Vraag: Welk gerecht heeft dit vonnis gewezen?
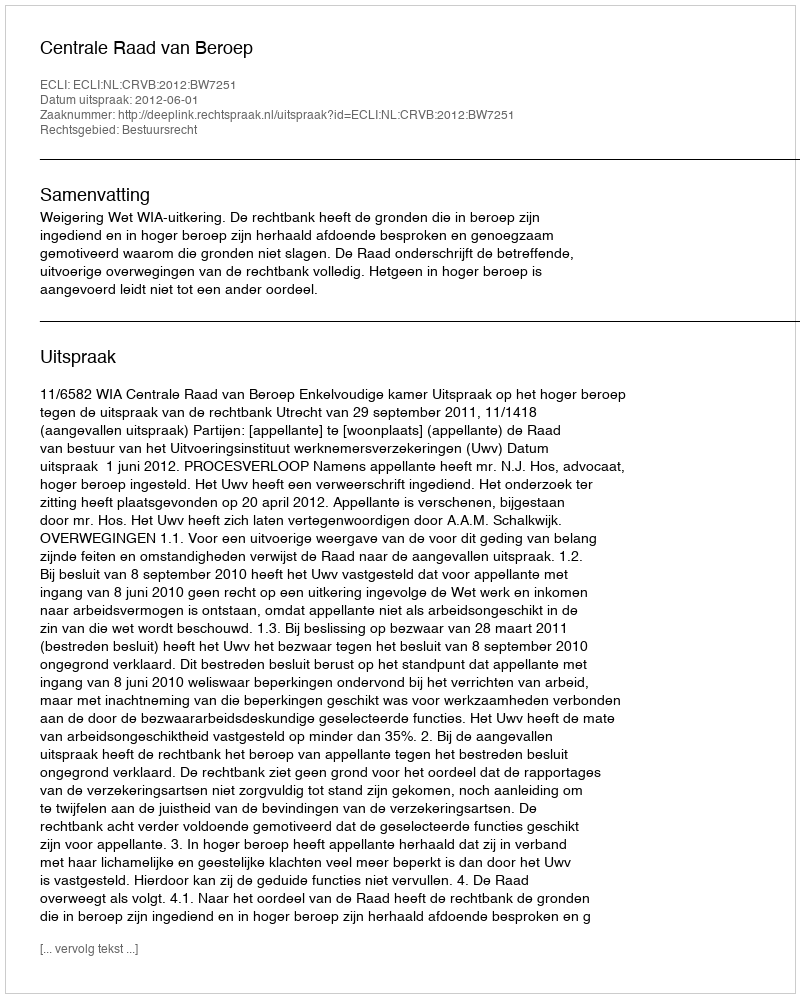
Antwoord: Centrale Raad van Beroep